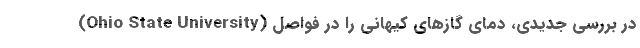
(Ohio State University) در بررسی جدیدی، دمای گازهای کیهانی را در فواصل